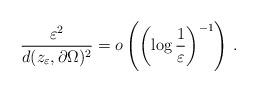
LaTeX: \begin{align*}\frac{\varepsilon^2}{d(z_\varepsilon,\partial\Omega)^2}=o\left({\left(\log\frac{1}{\varepsilon}\right)^{-1}} \right)\,.\end{align*}